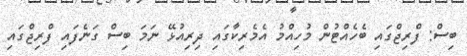
ބިސް: ފްރިޖްގައި ބެހެއްޓުން މުހިއްމު އެމެރިކާގައި ދިރިއުޅޭ ނަމަ ބިސް ގަނެފައި ފްރިޖްގައި